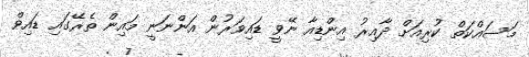
މަސައްކަތް ކުރިއަށް ދާއިރު އިންޑިއާ ނޭވީ ޑައިވަރުން އަންނަނީ މައިން ތެރޭގައި ޑައިވް